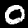
Label: 0